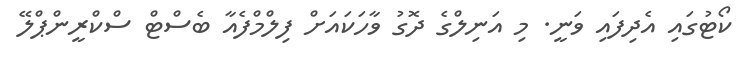
ކޯޓުގައި އެދިފައި ވަނީ. މި އަނިލްގެ ދޮގު ވާހަކައަށް ފިލްމްފެއާ ބެސްޓް ސްކްރީންޕްލޭ